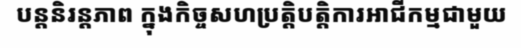
បន្តនិរន្តភាព ក្នុងកិច្ចសហប្រត្តិបត្តិការអាជីកម្មជាមួយ